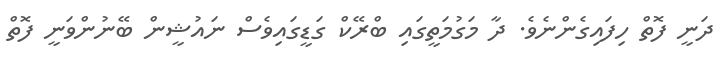
ދަނީ ފޮތް ހިފައިގެންނެވެ. ދާ މަގުމަތީގައި ބްރޭކް ގަޑީގައިވެސް ނައުޝީން ބޭނުންވަނީ ފޮތް